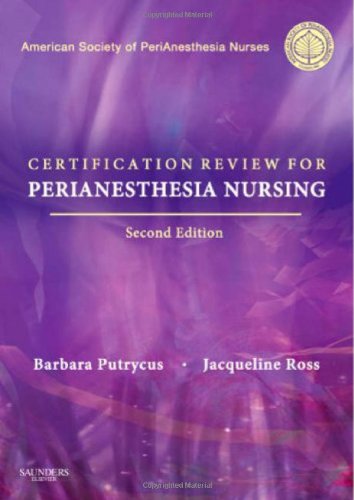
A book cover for Certification Review for PeriAnesthesia Nursing, 2e; ASPAN; Medical Books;